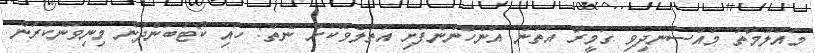
މައުލޫމާތު މުއްސަނދިވި ގަމީރާ އަތުން އަންހެނުންފުށި އަތުލެވޭކަށް ނެތް: ހައި ކޯޓުބަންދުން މިނިވަންކުރަން